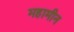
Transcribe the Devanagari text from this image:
महामीन